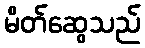
မိတ်ဆွေသည်